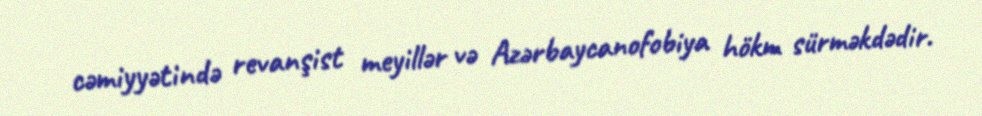
cəmiyyətində revanşist meyillər və Azərbaycanofobiya hökm sürməkdədir.